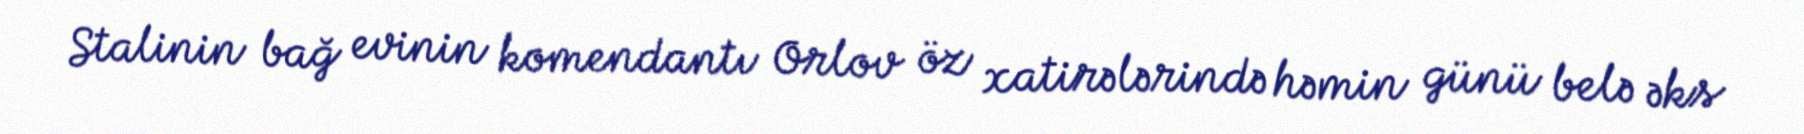
Stalinin bağ evinin komendantı Orlov öz xatirələrində həmin günü belə əks